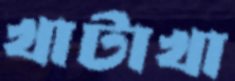
খাটাখা